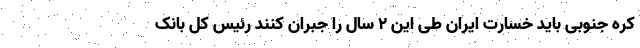
کره جنوبی باید خسارت ایران طی این 2 سال را جبران کنند رئیس کل بانک